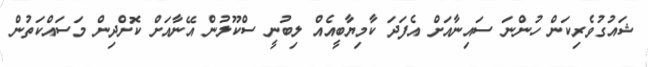
ޝައުގުވެރިކަން ހުންނަ ސައިނާއަށް އެފަދަ ކާމިޔާބީއެއް ލިބުނީ ސްކޫލުން އޭނާއަށް ކޮށްދިން މަސައްކަތުން